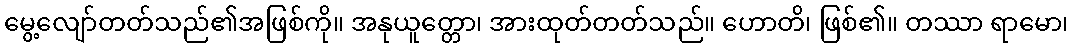
မွေ့လျော်တတ်သည်၏အဖြစ်ကို။ အနုယူတ္တော၊ အားထုတ်တတ်သည်။ ဟောတိ၊ ဖြစ်၏။ တဿာ ရာမော၊